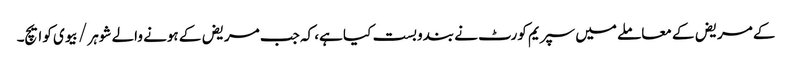
کے مریض کے معاملے میں سپریم کورٹ نے بندوبست کیا ہے، کہ جب مریض کے ہونے والے شوہر / بیوی کو ایچ۔